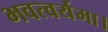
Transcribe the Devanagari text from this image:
भवत्वर्यमा।